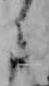
ニ